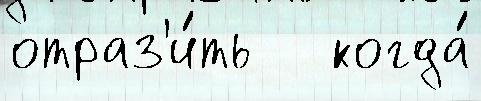
отраз'и́ть   когда́